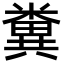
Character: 糞